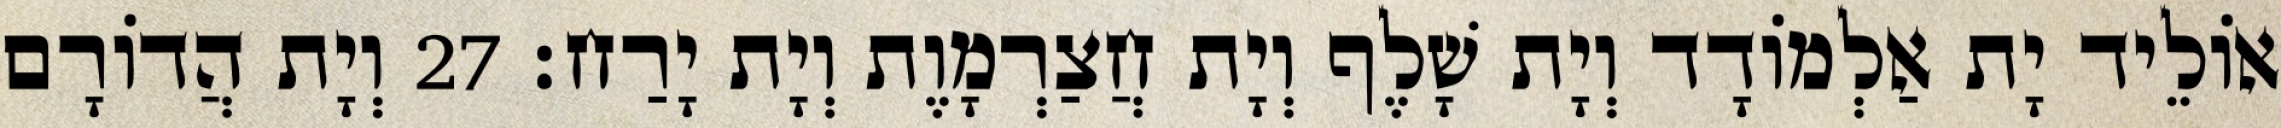
אוֹלֵיד יָת אַלְמוֹדָד וְיָת שָׁלֶף וְיָת חֲצַרְמָוֶת וְיָת יָרַח׃ 27 וְיָת הֲדוֹרָם